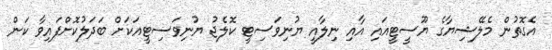
އެގޮތުން މެލޭޝިޔާގެ ޔޫސީޓީއައި އާއި ނިލާއީ ޔުނިވަސިޓީ ކޮލެޖު ޔުނިވަސިޓީއަކަށް ބަދަލުކޮށްފައިވާ ކަން